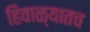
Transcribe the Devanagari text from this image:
हिवाळ्यातच